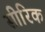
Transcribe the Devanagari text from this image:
सीरिक